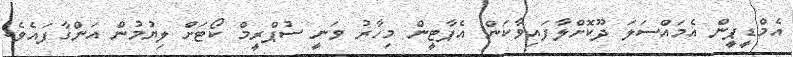
އެމްޑީޕީން އެމައްސަލަ ދޫކޮށްލާފައިވާކަން އެޕާޓީން މިހާރު ވަނީ ސުޕްރީމް ކޯޓަށް ލިޔުމުން އަންގާފައެވެ.